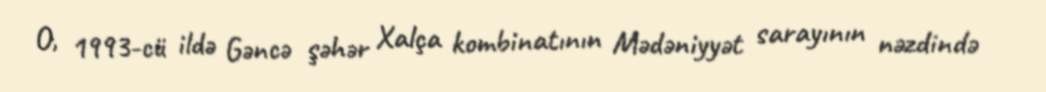
O, 1993-cü ildə Gəncə şəhər Xalça kombinatının Mədəniyyət sarayının nəzdində